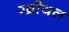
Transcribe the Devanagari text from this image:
ग्ब्रीयल